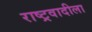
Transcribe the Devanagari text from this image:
राष्ट्रवादीला